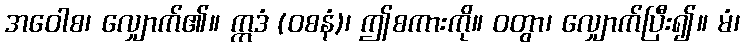
အဝေါစ၊ လျှောက်၏။ ဣဒံ (ဝစနံ)၊ ဤစကားကို။ ဝတွာ၊ လျှောက်ပြီး၍။ မံ၊